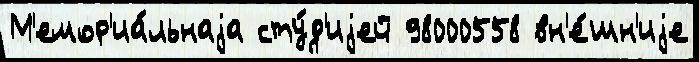
М'емор'иа́льнаjа сту́д'иjей 98000558 вн'е́шн'иjе